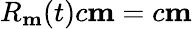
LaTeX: R_{\mathbf m}(t)c{\mathbf m}=c{\mathbf m}